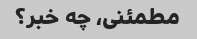
مطمئنی، چه خبر؟